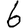
Digit: 6